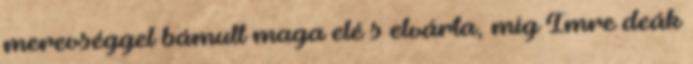
merevséggel bámult maga elé s elvárta, míg Imre deák